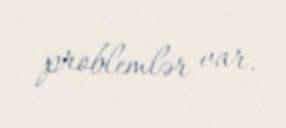
problemlər var.